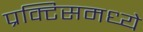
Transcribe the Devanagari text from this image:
प्रक्टिसमध्ये